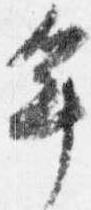
年